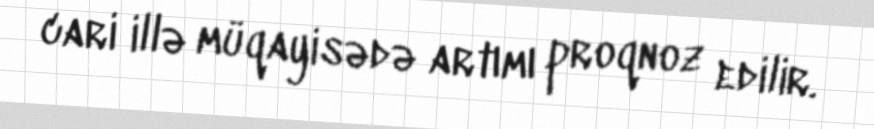
cari illə müqayisədə artımı proqnoz edilir.